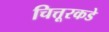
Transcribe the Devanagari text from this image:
चित्तूरकडे